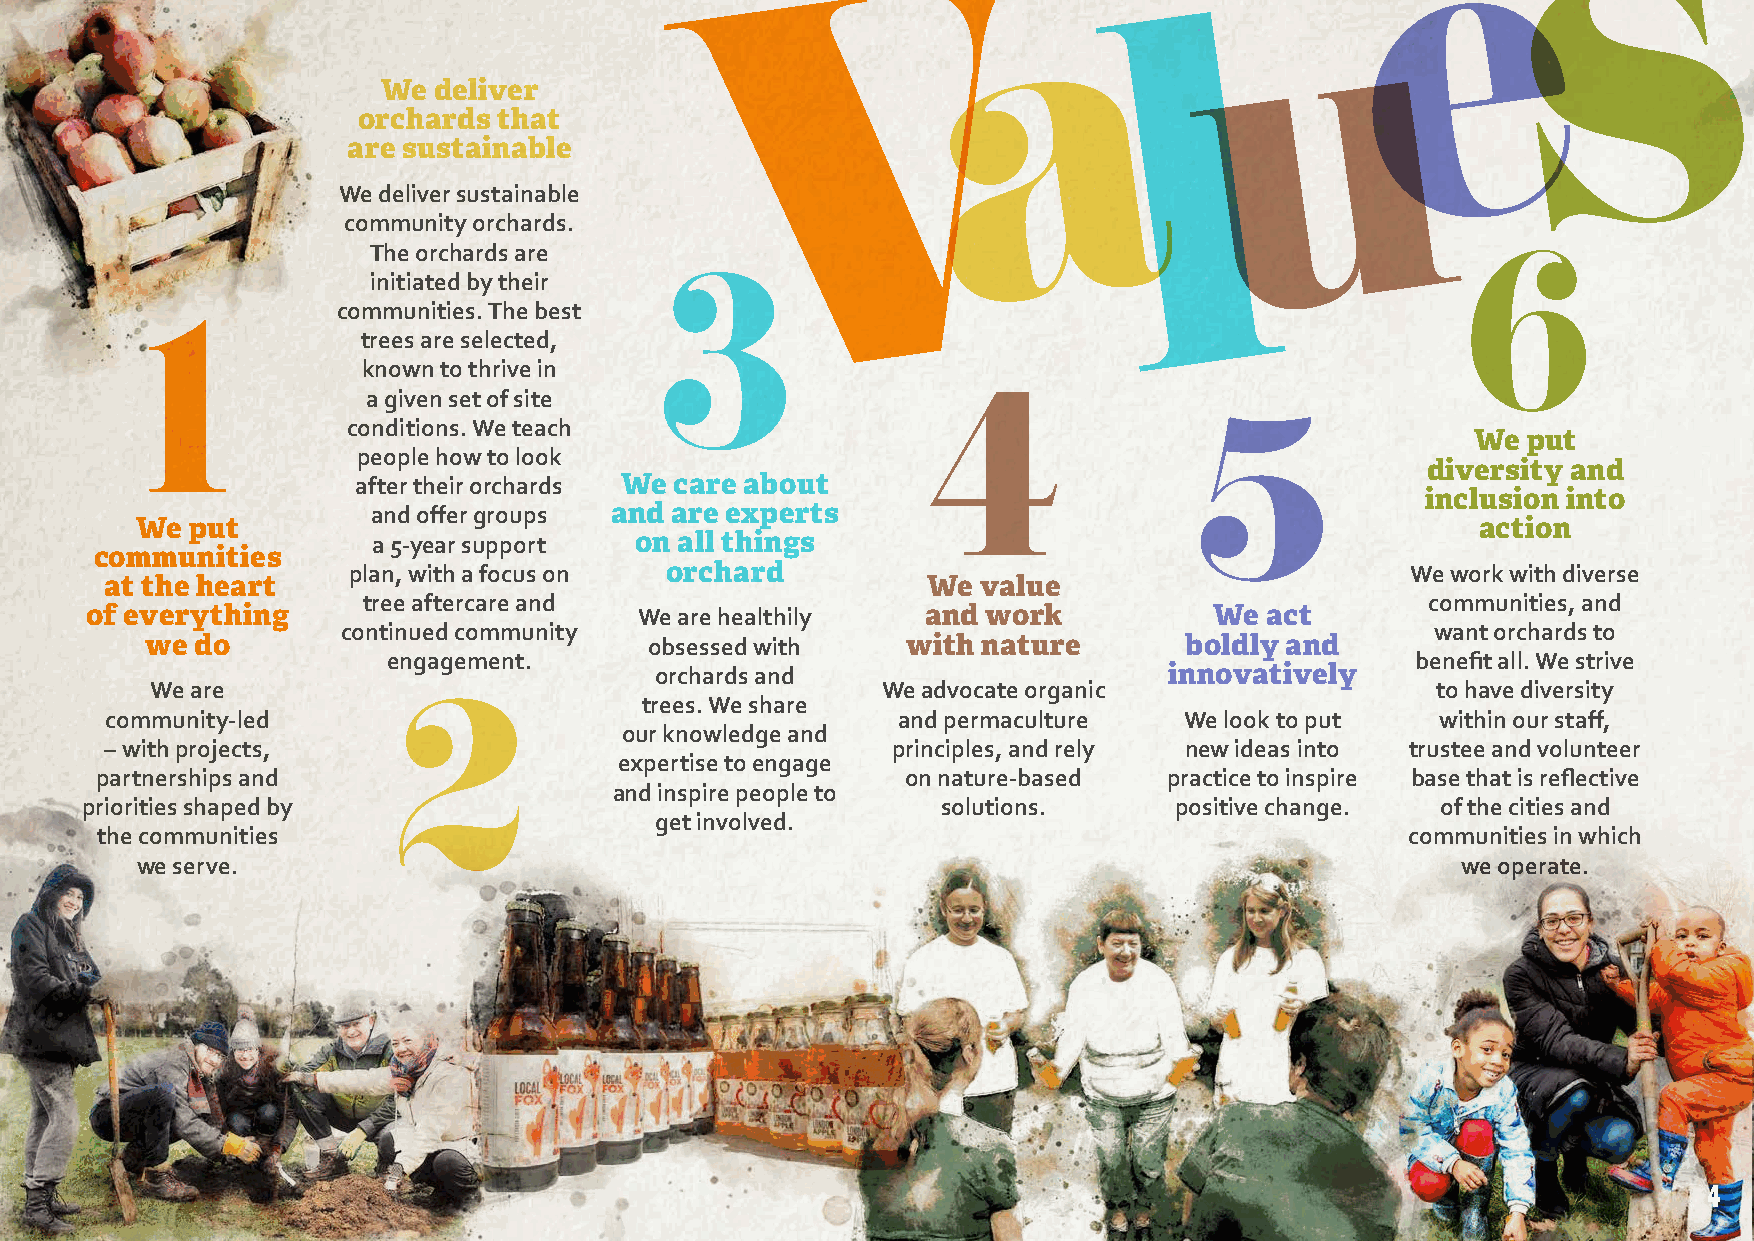
We  deliver
 orchards that
 are sustainable
 We deliver sustainable
 community orchards.
 The orchards are
 initiated by their
 communities. The best
 trees are selected,
 known to thrive in
 a given set of site
 conditions. We teach
 We put
 people how to look
 diversity and
 after their orchards We care about
 inclusion into
 and offer groups and are experts
 We  put                                                                                  action
 a 5-year support on all things
 communities
 plan, with a focus on orchard                                         We work with diverse
 at the heart                                          We  value
 tree aftercare and                                                     communities, and
 of everything                       We are healthily   and work           We  act
 continued community                                                     want orchards to
 we do                            obsessed with    with nature       boldly and
 engagement.                                                         benefit all. We strive
 orchards and                      innovatively
 We are                                          We advocate organic                  to have diversity
 trees. We share
 community-led                                       and permaculture   We look to put   within our staff,
 our knowledge and
 – with projects,                                    principles, and rely new ideas into trustee and volunteer
 expertise to engage
 partnerships and                                      on nature-based  practice to inspire base that is reflective
 and inspire people to
 priorities shaped by                                     solutions.      positive change. of the cities and
 get involved.
 the communities                                                                        communities in which
 we serve.                                                                               we operate.
 4